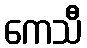
ကေသီ